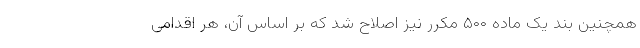
همچنین بند یک ماده ۵۰۰ مکرر نیز اصلاح شد که بر اساس آن، هر اقدامی